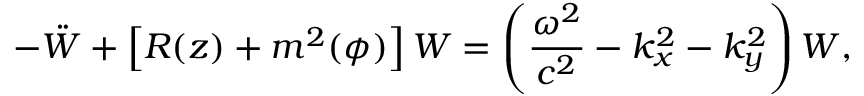
- \ddot { W } + \left[ R ( z ) + m ^ { 2 } ( \phi ) \right] W = \left( \frac { \omega ^ { 2 } } { c ^ { 2 } } - k _ { x } ^ { 2 } - k _ { y } ^ { 2 } \right) W ,